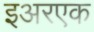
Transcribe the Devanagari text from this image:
इअरएक